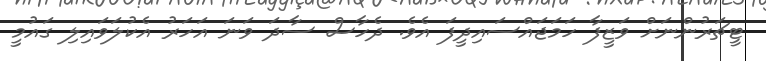
ޓީޗަރުންނަށް ވަޒީފާ ހަމަޖައްސައިދީފަ އެވެ. ދެހާސް ސާދަ ވަނަ އަހަރު އެކުލަވައިލި ގައުމީ